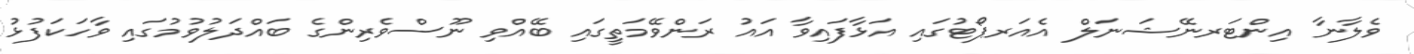
ވެލާނާ އިންޓަރނޭޝަނަލް އެއަރޕޯޓުގައި އަޅާފައިވާ އައު ރަންވޭމަތީގައި ބޭއްވި ނޫސްވެރިންގެ ބައްދަލުވުމުގައި ވާހަކަފުޅު